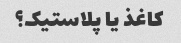
کاغذ یا پلاستیک؟